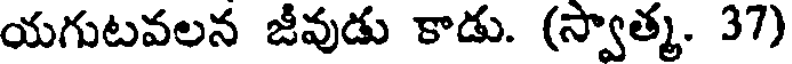
యగుటవలన జీవుడు కాడు. (స్వాత్మ. 37)